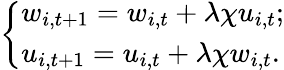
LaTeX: \left\{ \begin{array}{ll}{w_{i,t+1}=w_{i,t}+\lambda\chi u_{i,t};}\\ {u_{i,t+1}=u_{i,t}+\lambda\chi w_{i,t}.}\end{array}\right.